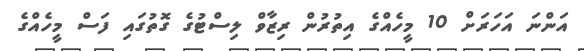
އަންނަ އަހަރަށް 10 މީހެއްގެ އިތުރުން ރިޒާވް ލިސްޓުގެ ގޮތުގައި ފަސް މީހެއްގެ